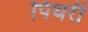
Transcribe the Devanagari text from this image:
पिथरी